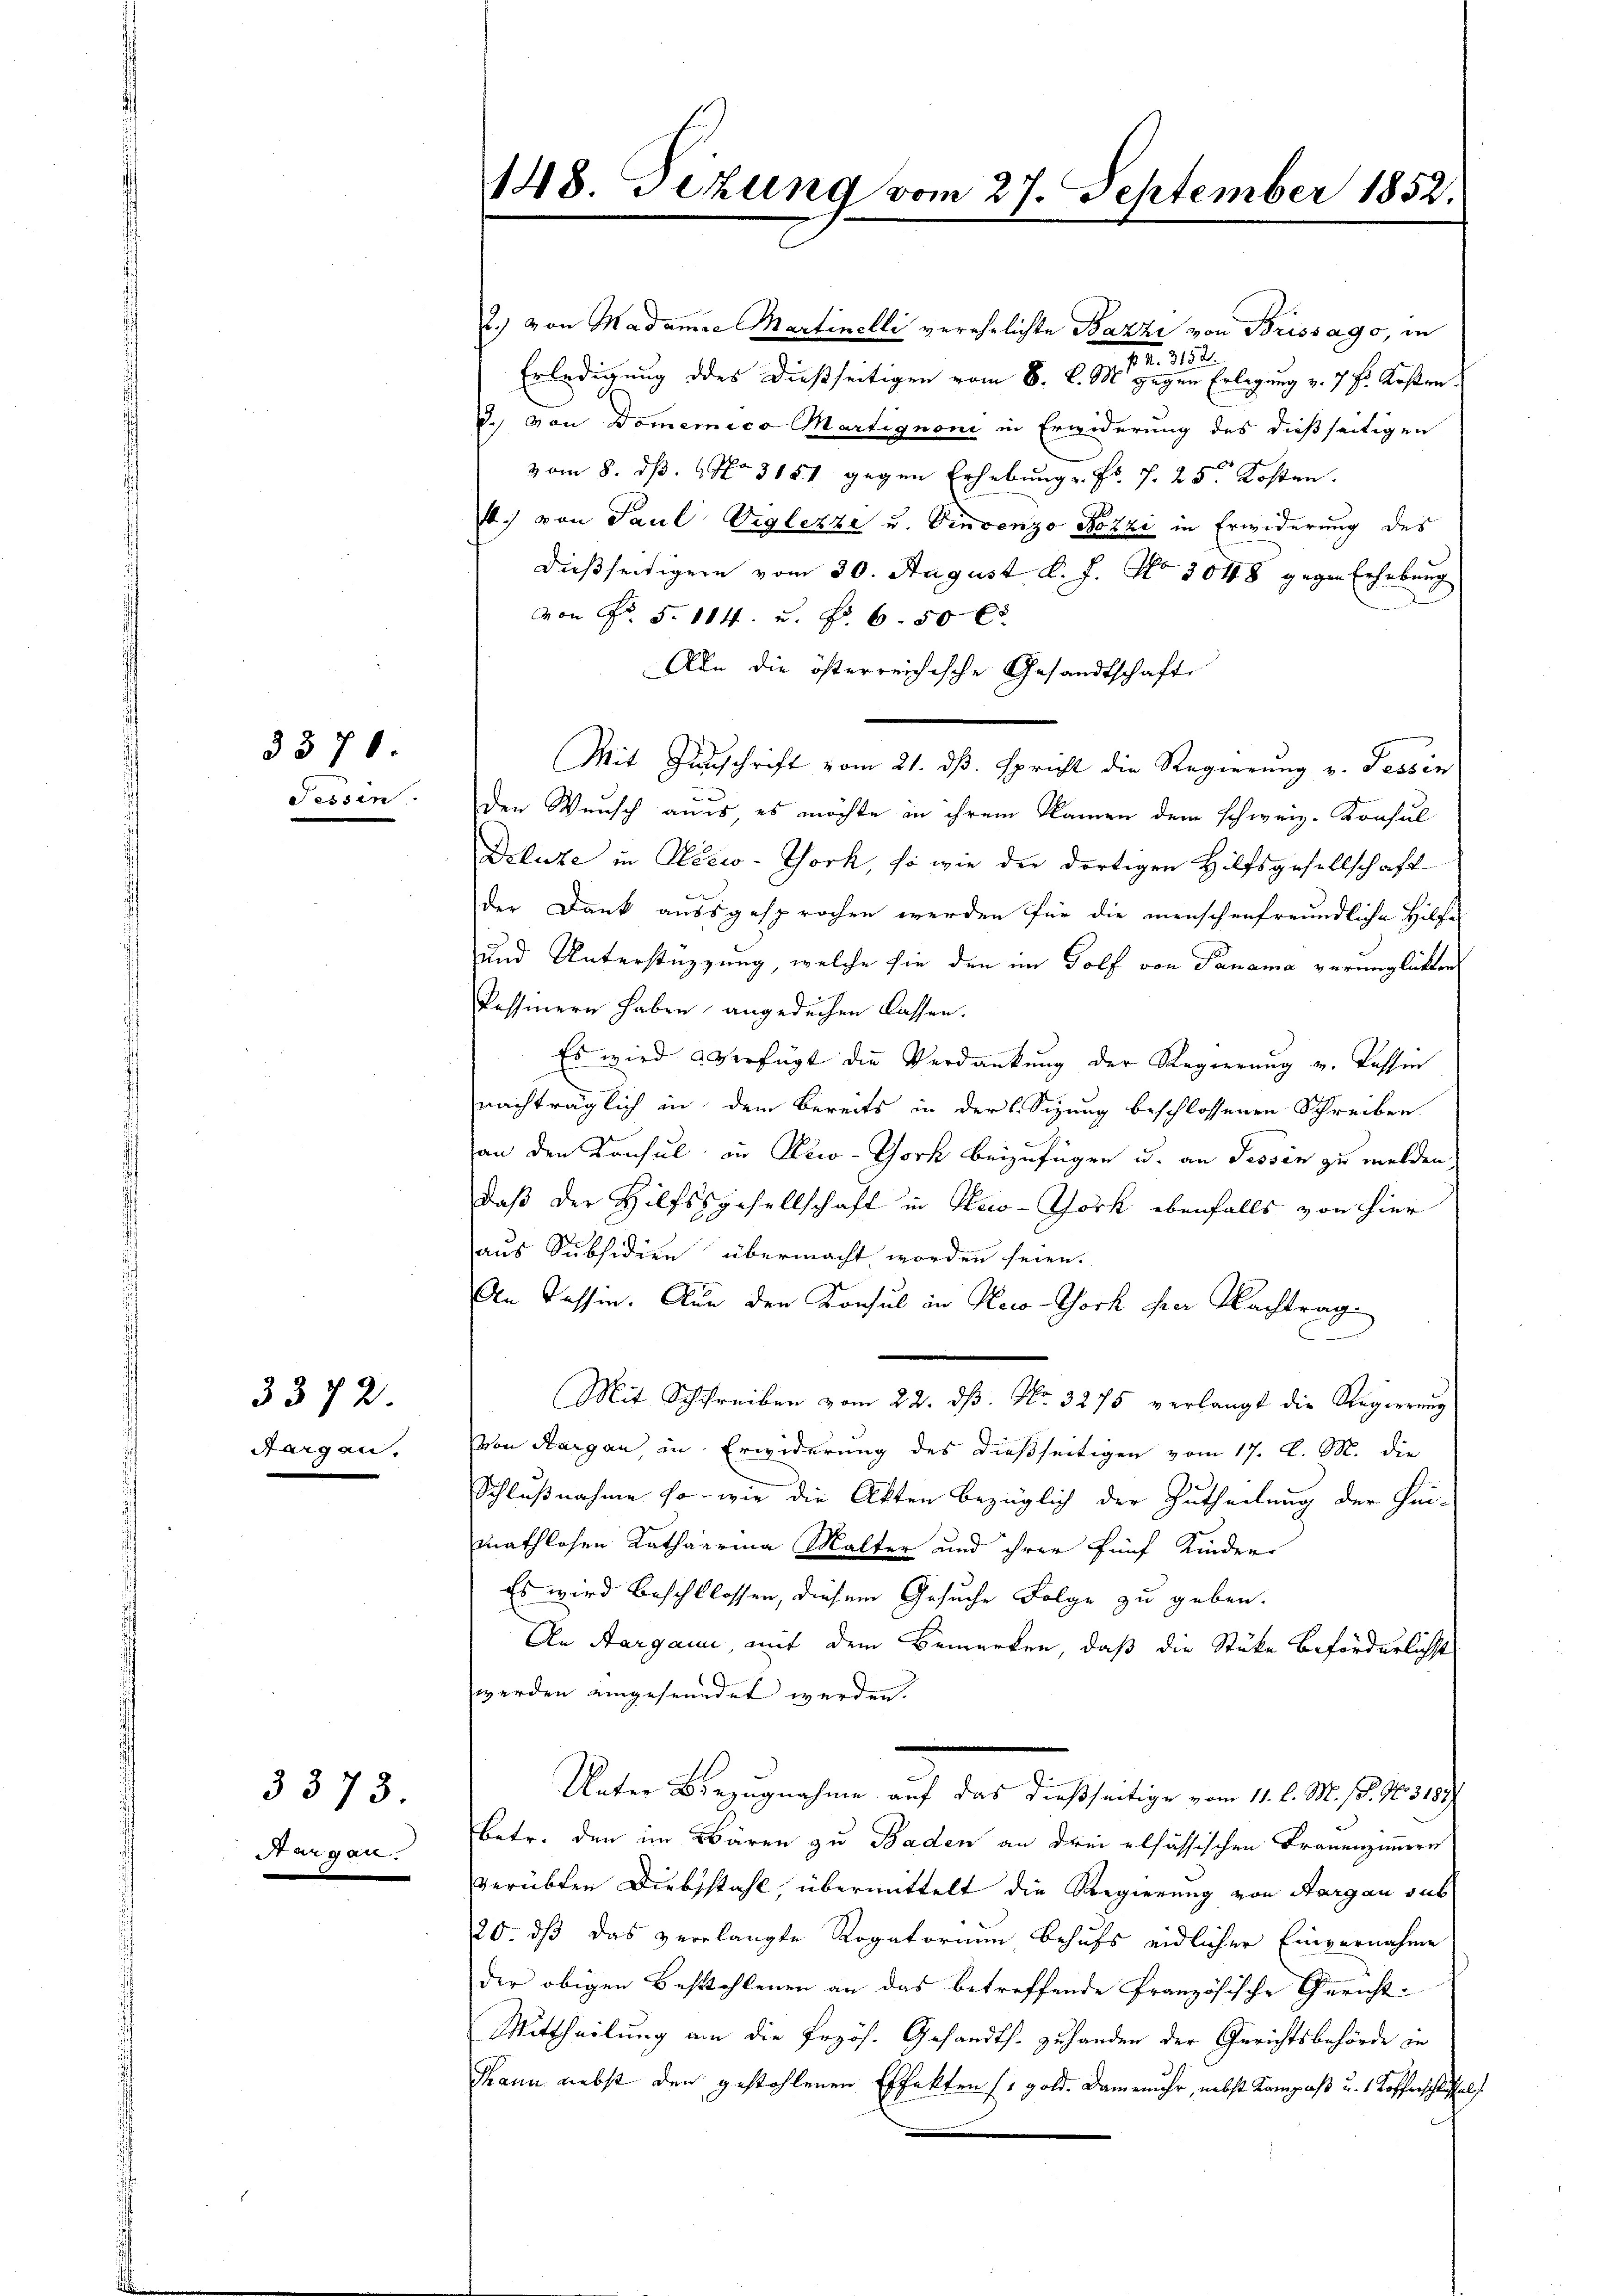
3370

Tessin

3372.
Sargau.

3373.

Sargau.

148. Jezung vom 27. September 1852.

.) von Madame Martinelli verehelichte Bazzi von Brissago, in
II. 252.
Erledigung des dießseitigen vom 8. d. M. gegen Erlegung v. 7 Fr. Kosten.
G. von Domenico Martignoni in Erwiderung des dießseitigen
vom 8. dß. No 3151 gegen Erhebung u. Fr. f. 25. Kosten.
1. von Paul Vrglezze u. Vincenzo Bozzi in Erwiderung des
dießseitigern vom 30. August d. J. No 3048 gegen Erhebung
von Fr. 5. 114. u. Fr. 6. 50 l
Alle die österreichische Gesandtschaft
Mit Zuschrift vom 21. dß. spricht die Regierung v. Tessin
den Wunsch an es es möchte in ihrem Namen dem schweiz. Konsul
Delute in Seew-York, so wie der dortigen Hilfsgesellschaft
der Dank aussgesprochen werden für die menschenfreundliche Hilfe
und Unterstützung, welche sie den im Golf von Panama verünglichen
Kessinern haben angedechen lassen.
Es wird verfügt die Verdankung der Regierung u. Kassen
nachträglich in dem Bereits in der l. Sizung beschlossenen Schreiben
an den Konsul in Reco-Chork beizufügen u. an Tessin zu melden
daß der Hilfssgesellschaft in Kno-Chork ebenfalls von hier
aus Subsidien übermacht worden seien.
An Tessin. Nun der Konsul in Heco-York der Nachtrag
.
Mit Schreiben vom 22. ds. No. 3275 verlangt die Regierung
Von Aargau in Erwiderung des dießseitigen vom 17. d. M. die
Schlußnahme so wie die Akten bezüglich der Zutheilung der Heimathlosen Kathaarina Malter und ihrer fünf Kinder
Es wird beschlossen, diesem Gesuche Folge zu geben.
An Aargau, mit dem Bemerken, daß die Stüke beförderlichst
werden eingesundet werden.
Unter Bezugnahme auf das dießseitige vom 11. l. M. h. N. 3183
Betr. den im Bären zu Baden an drei elsässischen Frauenzimmern
verübten Diebstahl, übermittelt die Regierung von Aargau sub
20. dß das verlangte Rogatorium behufs eidlicher Einvernahme
der obigen Bestohlenen an das betreffende Französische Gericht
Mittheilung am die Erzös. Gesandts. zuhanden der Gerichtsbehörde in
Mann nebst den gestohlenen Effekten (1 gold. Damenuhr, nebst Kompaß u. 1 Kofferschlussel

.